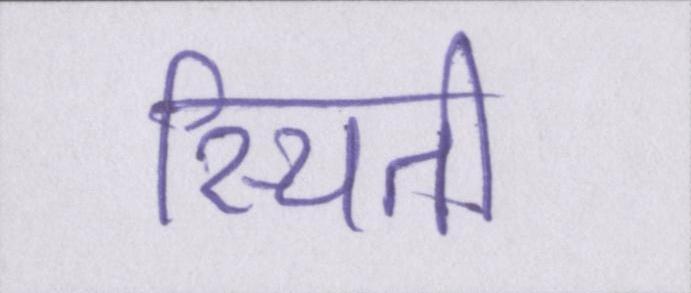
स्थिती